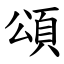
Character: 頌